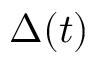
\Delta ( t )